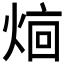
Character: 𬊥